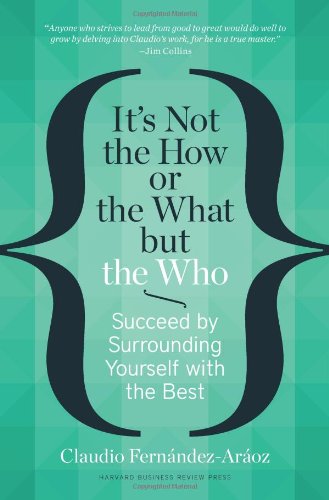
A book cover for It's Not the How or the What but the Who: Succeed by Surrounding Yourself with the Best; Claudio FernÃ¡ndez-ArÃ¡oz; Business & Money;